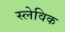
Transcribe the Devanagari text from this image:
स्लेविक